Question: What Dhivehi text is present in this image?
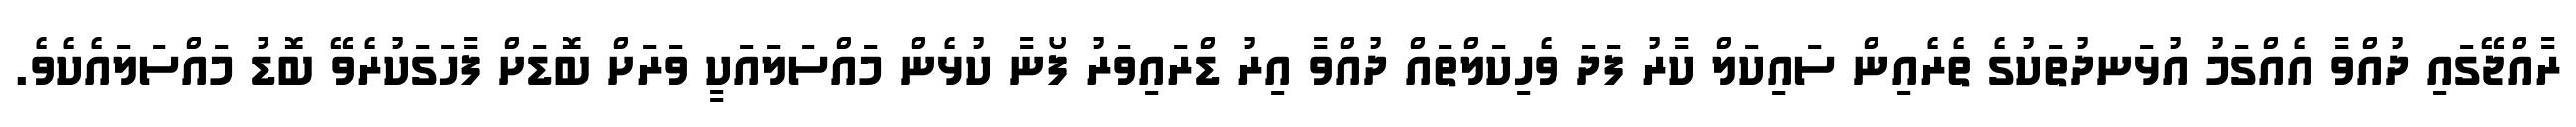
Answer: ރާއްޖޭގައި ދުއްވާ އެއްގަމު އުޅަނދުތަކުގެ ތެރެއިން ސައިކަލް ކާރު ފަދަ ވެހިކަލްތައް ދުއްވާ އިރު ޑްރައިވަރު ފޯނާ ކުޅެން މައްސަލައަކީ ވަރަށް ބޮޑަށް ފާހަގަކުރެވޭ ބޮޑު މައްސަލައެކެވެ.